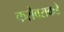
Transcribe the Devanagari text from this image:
करोबराकडे